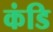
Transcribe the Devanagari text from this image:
कंडि